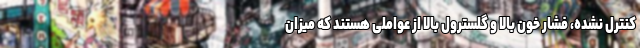
کنترل نشده، فشار خون بالا و گلسترول بالا از عواملی هستند که میزان